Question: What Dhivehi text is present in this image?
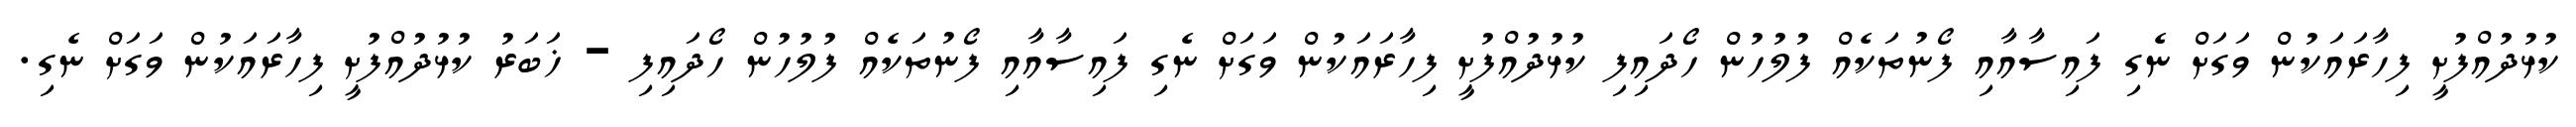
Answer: ކުޅުދުއްފުށީ ފިހާރައަކުން ވަގަށް ނެގި ފައިސާއާއި ފޯނުތަކެއް ފުލުހުން ހޯދައިފި ކުޅުދުއްފުށީ ފިހާރައަކުން ވަގަށް ނެގި ފައިސާއާއި ފޯނުތަކެއް ފުލުހުން ހޯދައިފި - ޚަބަރު ކުޅުދުއްފުށީ ފިހާރައަކުން ވަގަށް ނެގި.